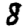
Digit: 8